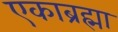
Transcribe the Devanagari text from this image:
एकाब्रह्मा